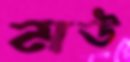
মউ